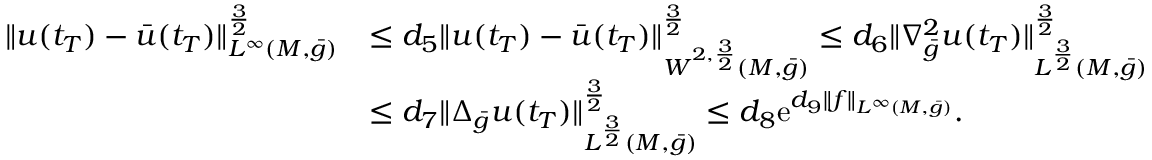
\begin{array} { r l } { \| u ( t _ { T } ) - \bar { u } ( t _ { T } ) \| _ { L ^ { \infty } ( M , \bar { g } ) } ^ { \frac 3 2 } } & { \le d _ { 5 } \| u ( t _ { T } ) - \bar { u } ( t _ { T } ) \| _ { W ^ { 2 , \frac 3 2 } ( M , \bar { g } ) } ^ { \frac 3 2 } \le d _ { 6 } \| \nabla _ { \bar { g } } ^ { 2 } u ( t _ { T } ) \| _ { L ^ { \frac 3 2 } ( M , \bar { g } ) } ^ { \frac 3 2 } } \\ & { \le d _ { 7 } \| \Delta _ { \bar { g } } u ( t _ { T } ) \| _ { L ^ { \frac 3 2 } ( M , \bar { g } ) } ^ { \frac 3 2 } \le d _ { 8 } \mathrm { e } ^ { d _ { 9 } \| f \| _ { L ^ { \infty } ( M , \bar { g } ) } } . } \end{array}